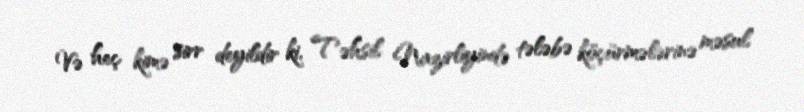
Və heç kimə sirr deyildir ki, Təhsil Nazirliyində tələbə köçürmələrinə məsul